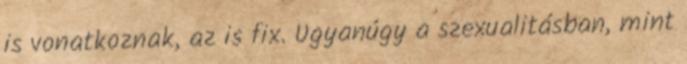
is vonatkoznak, az is fix. Ugyanúgy a szexualitásban, mint